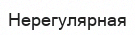
Нерегулярная